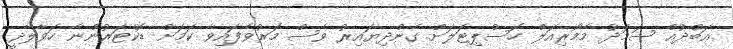
ޢަބްދުއް ސަމަދު މެމޯރިއަލް ހޮސްޕިޓަލަށް ގެންދިޔައިރު ވެސް މަރުވެފައިވާ ކަމަށް ޑޮކްޓަރުންނާ ހަވާލާދީ